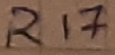
Text: R17